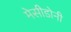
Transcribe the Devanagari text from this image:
मेसीडोनी